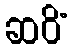
ဆဝိံ